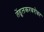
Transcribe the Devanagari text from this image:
तेंडूलकरबरोबर